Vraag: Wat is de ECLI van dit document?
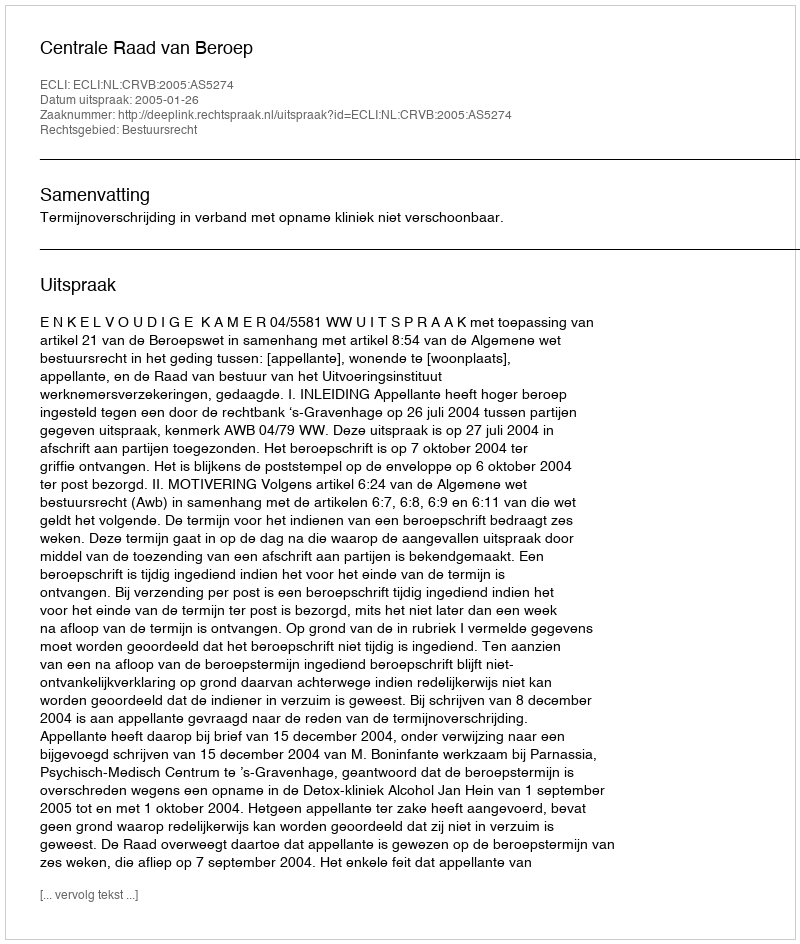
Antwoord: ECLI:NL:CRVB:2005:AS5274